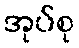
အုပ်စု